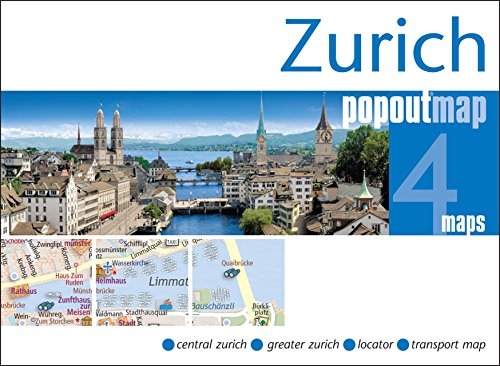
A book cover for Zurich PopOut Map (PopOut Maps); Travel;